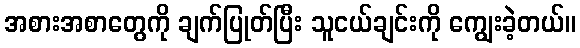
အစားအစာတွေကို ချက်ပြုတ်ပြီး သူငယ်ချင်းကို ကျွေးခဲ့တယ်။